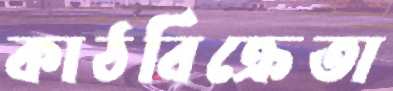
কাঠবিক্রেতা